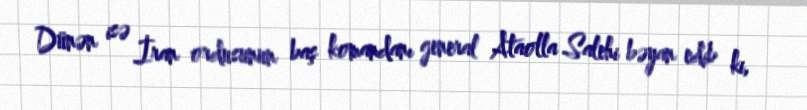
Dünən isə İran ordusunun baş komandanı general Ataolla Salehi bəyan edib ki,